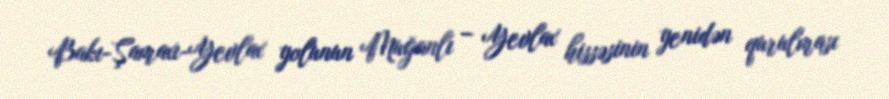
Bakı-Şamaxı-Yevlax yolunun Muğanlı – Yevlax hissəsinin yenidən qurulması